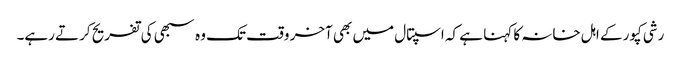
رشی کپور کے اہل خانہ کا کہنا ہے کہ اسپتال میں بھی آخر وقت تک وہ سبھی کی تفریح کرتے رہے۔